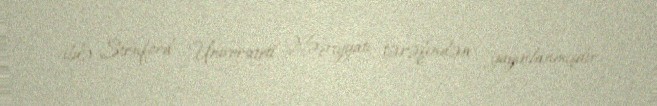
ildə Stenford Universiteti Nəşriyyatı tərəfindən yayınlanmışdır.